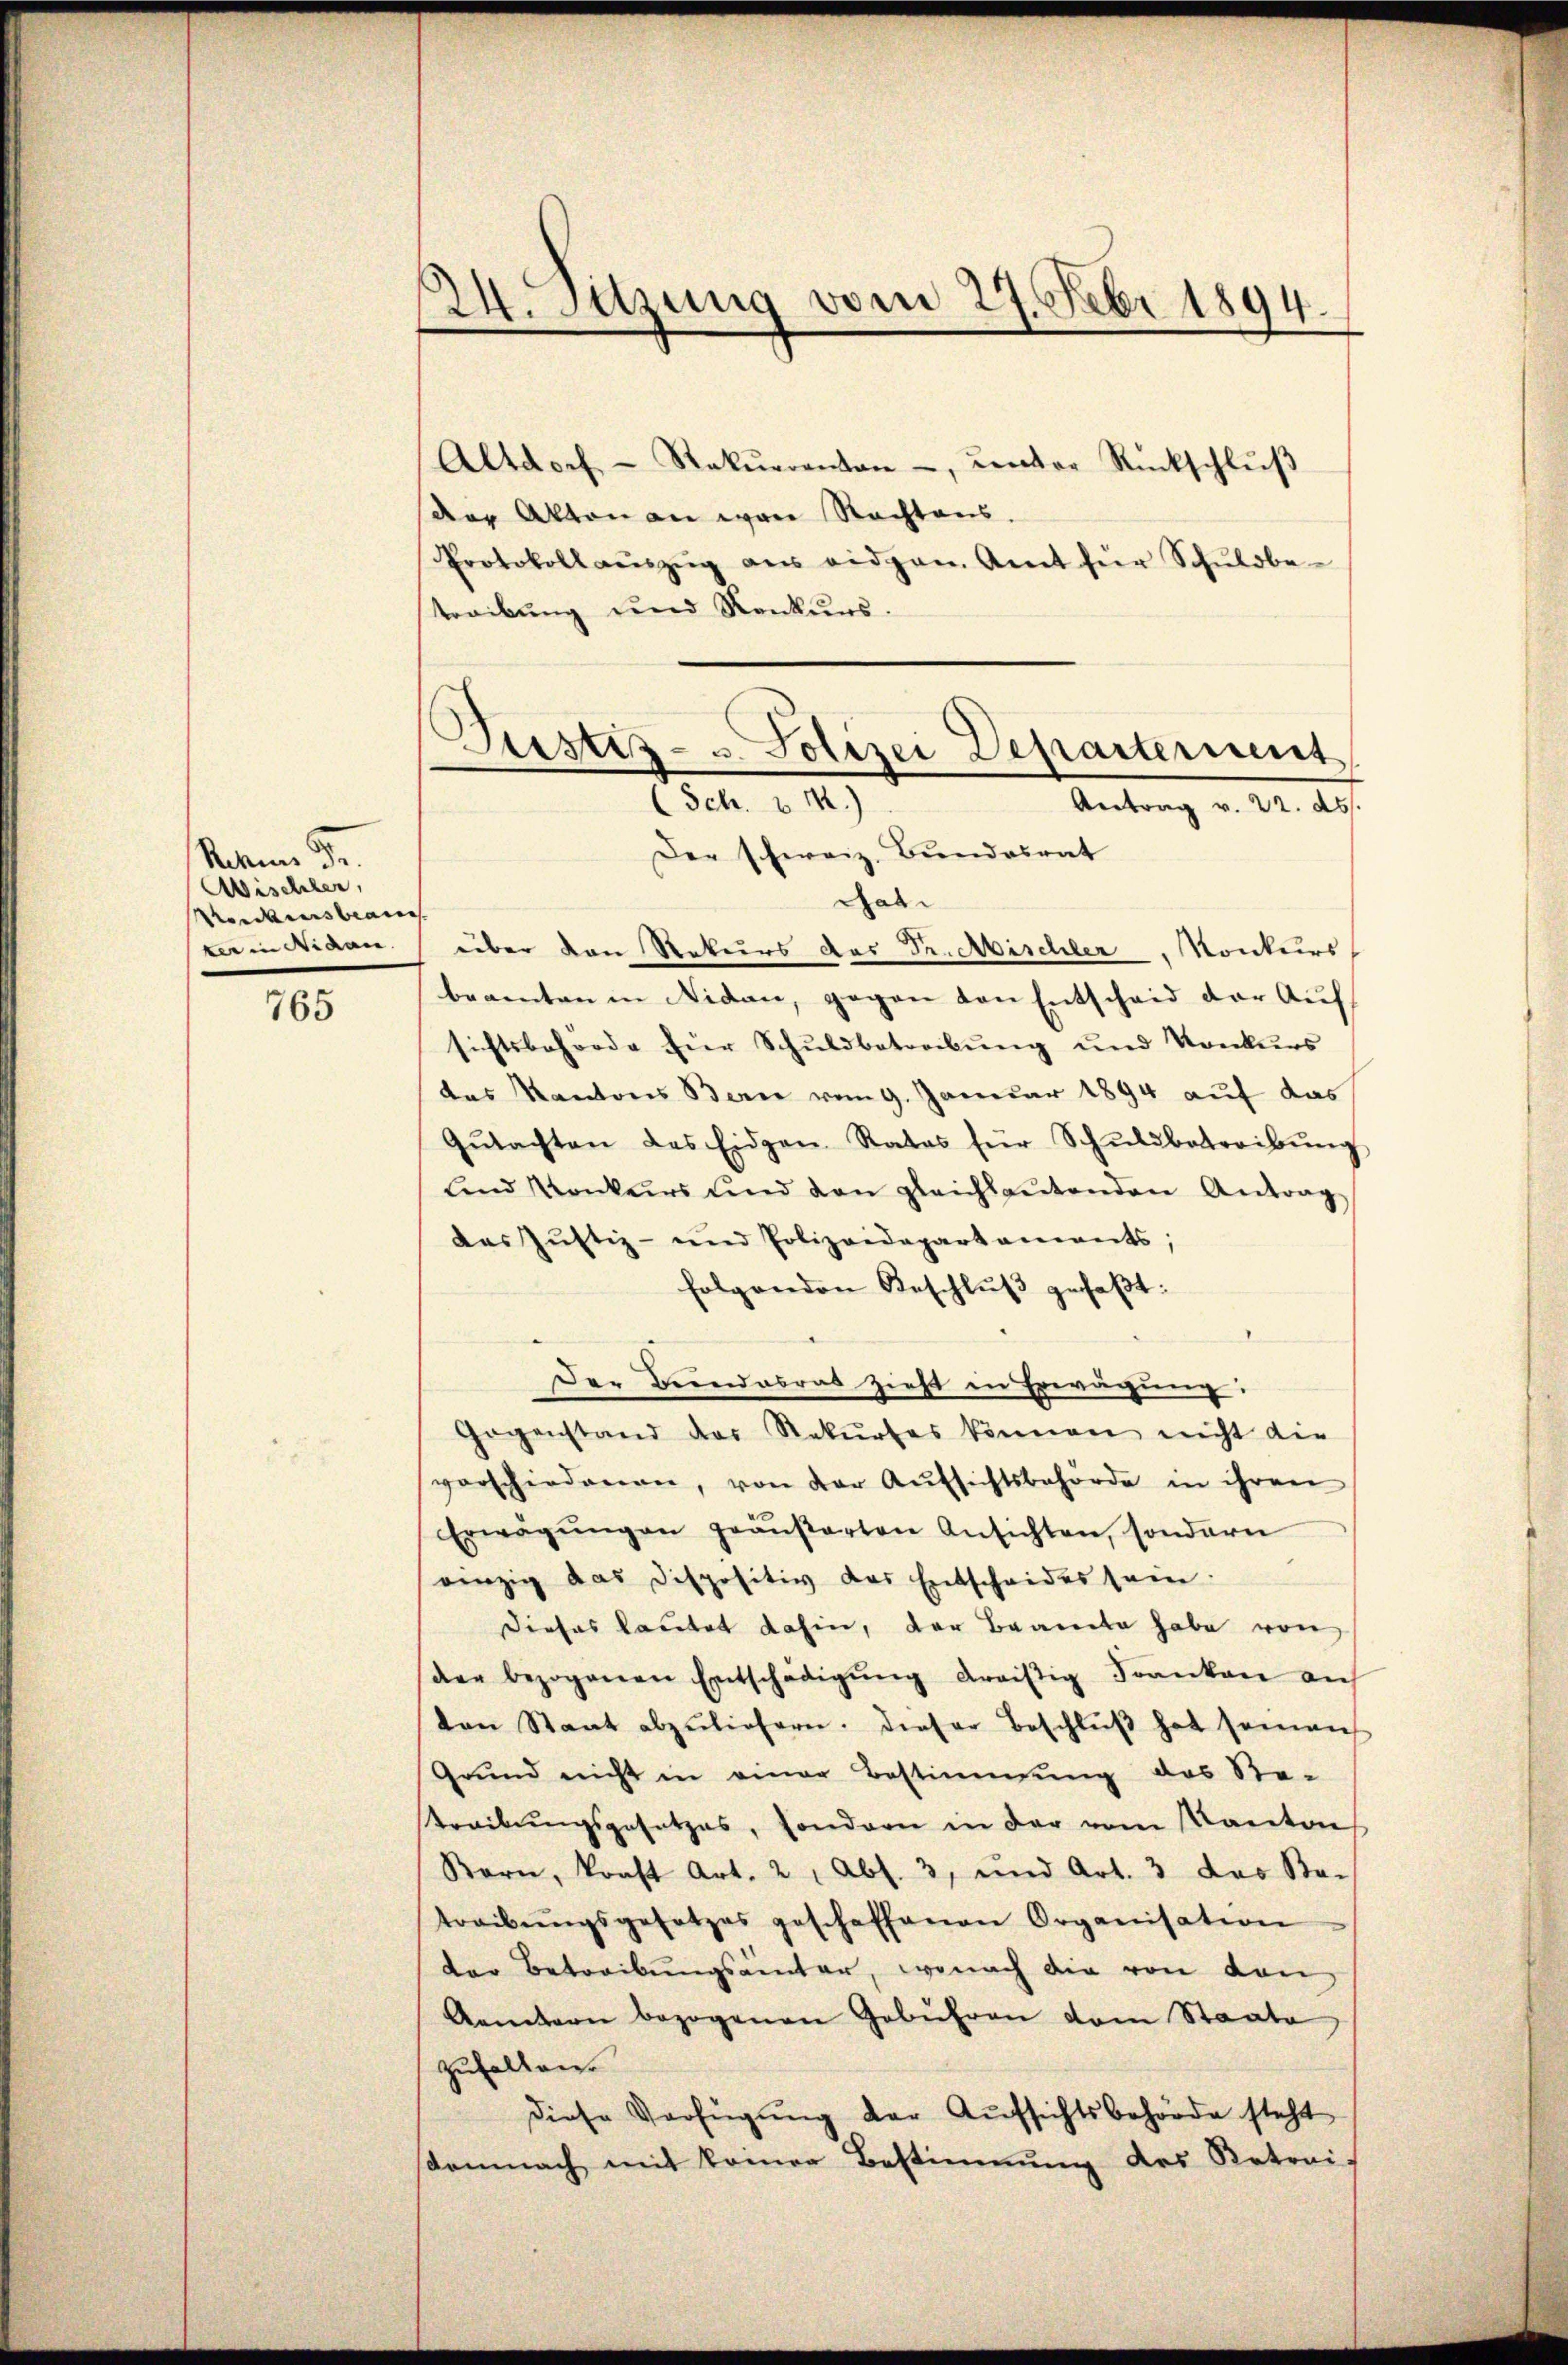
Schen Fr.
Wischler,
Weidersbea
ter in Nidau

765

24. Satzung vom 27. Febr 1894.

Justiz- & Polizei Departement
(Sch. v. M.)
Antrag v. 22. ds.

Altdorf Rekurrenten -, unter Rückschlŭβ
der Akten an war Nachtens.
Protokoll aŭszŭg ans eidgen. Amt für Schŭldbe-
treibung und Konkurs.
Der schweiz. Bundesrat
Tat.
rüber den Rekurs das Dr. Mischler, Konkurs
beamten in Nidau, gegen von Entscheid der Auf
sichtsbehörde für Schŭldbetreibŭng ŭnd Konkurs
das Kantons Bern vom 9. Januar 1894 auf das
Gŭtachten des Eidgen Rates für Schŭldbetreibŭng
ŭnd Konkurs und den gleichsantenden Antrag
das Justiz- und Polizeidepartaments;
folgenden Beschlŭβ gefaβt:
Der Beendesrat zieht in Erwägung:
Gegenstand der Rekŭrtes können nicht die
vorschiedenen, von der Aŭfsichtsbehörde in ihren
Erwägŭngen geäußerten Ansichten, sondern
einzig das dispositiv das Entscheides sein.
Dieses lautet dahin, der Beante habe von
der bezogenen Entschädigŭng dreisig Franken auf
ten Staat abzuliefern. Dieser Beschlŭβ hat seman
Grŭnd nicht in einer Bestimmung des Ste-
streibŭngsgesetzes, sondern in der vom Kanton
Bern, konst Art. 2, Abs. 3, und Art. 3 das Sta-
treibŭngsgesetzes geschaffenen Organisation
der Betreibungsämter, wonach die von den
Aemtern bezogenen Gebühren vom Staate
zuhalten.
diese Verfügŭng der Aufsichtsbehörde steht
semnach mit kamer Bestimmung des Retrai-